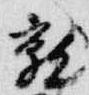
就